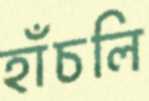
হাঁচলি